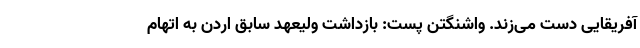
آفریقایی دست می‌زند. واشنگتن پست: بازداشت ولیعهد سابق اردن به اتهام